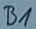
Text: B1